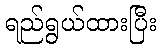
ရည်ရွယ်ထားပြီး